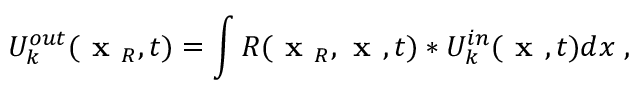
U _ { k } ^ { o u t } ( \textbf { x } _ { R } , t ) = \int R ( \textbf { x } _ { R } , \textbf { x } , t ) \ast U _ { k } ^ { i n } ( \textbf { x } , t ) d x \; ,